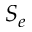
S _ { e }